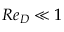
R e _ { D } \ll 1